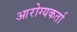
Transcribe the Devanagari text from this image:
आरोग्यकर्ता